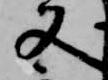
又